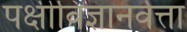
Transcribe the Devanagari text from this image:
पक्षीविज्ञानवेत्ता